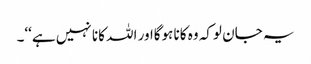
یہ جان لوکہ وہ کانا ہوگااور اللہ کانا نہیں ہے‘‘۔